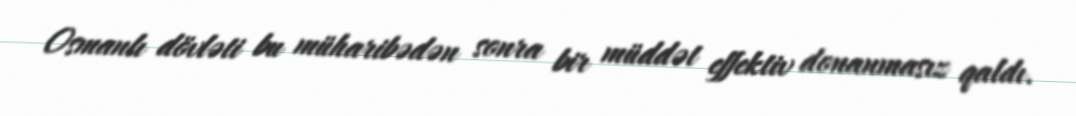
Osmanlı dövləti bu müharibədən sonra bir müddət effektiv donanmasız qaldı.